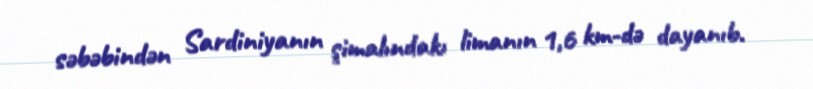
səbəbindən Sardiniyanın şimalındakı limanın 1,6 km-də dayanıb.